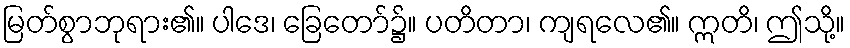
မြတ်စွာဘုရား၏။ ပါဒေ၊ ခြေတော်၌။ ပတိတာ၊ ကျရလေ၏။ ဣတိ၊ ဤသို့။